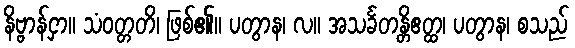
နိဗ္ဗာန်ငှာ။ သံဝတ္တတိ၊ ဖြစ်၏။ ပတွာန၊ လ။ အသင်္ခတန္တိဧတ္ထ၊ ပတွာန၊ စသည်